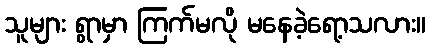
သူများ ရွာမှာ ကြက်မလို မနေခဲ့ရော့သလား။